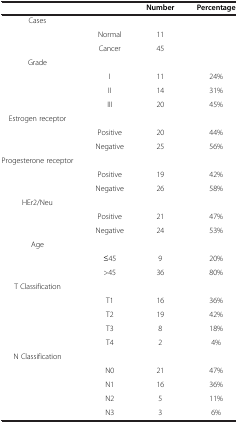
<table><thead><tr><td><b> </b></td><td><b> </b></td><td><b>Number</b></td><td><b>Percentage</b></td></tr></thead><tbody><tr><td>Cases</td><td> </td><td> </td><td> </td></tr><tr><td> </td><td>Normal</td><td>11</td><td> </td></tr><tr><td> </td><td>Cancer</td><td>45</td><td> </td></tr><tr><td>Grade</td><td> </td><td> </td><td> </td></tr><tr><td> </td><td>I</td><td>11</td><td>24%</td></tr><tr><td> </td><td>II</td><td>14</td><td>31%</td></tr><tr><td> </td><td>III</td><td>20</td><td>45%</td></tr><tr><td>Estrogen receptor</td><td> </td><td> </td><td> </td></tr><tr><td> </td><td>Positive</td><td>20</td><td>44%</td></tr><tr><td> </td><td>Negative</td><td>25</td><td>56%</td></tr><tr><td>Progesterone receptor</td><td> </td><td> </td><td> </td></tr><tr><td> </td><td>Positive</td><td>19</td><td>42%</td></tr><tr><td> </td><td>Negative</td><td>26</td><td>58%</td></tr><tr><td>HEr2/Neu</td><td> </td><td> </td><td> </td></tr><tr><td> </td><td>Positive</td><td>21</td><td>47%</td></tr><tr><td> </td><td>Negative</td><td>24</td><td>53%</td></tr><tr><td>Age</td><td> </td><td> </td><td> </td></tr><tr><td> </td><td>≤45</td><td>9</td><td>20%</td></tr><tr><td> </td><td>&gt;45</td><td>36</td><td>80%</td></tr><tr><td>T Classification</td><td> </td><td> </td><td> </td></tr><tr><td> </td><td>T1</td><td>16</td><td>36%</td></tr><tr><td> </td><td>T2</td><td>19</td><td>42%</td></tr><tr><td> </td><td>T3</td><td>8</td><td>18%</td></tr><tr><td> </td><td>T4</td><td>2</td><td>4%</td></tr><tr><td>N Classification</td><td> </td><td> </td><td> </td></tr><tr><td> </td><td>N0</td><td>21</td><td>47%</td></tr><tr><td> </td><td>N1</td><td>16</td><td>36%</td></tr><tr><td> </td><td>N2</td><td>5</td><td>11%</td></tr><tr><td> </td><td>N3</td><td>3</td><td>6%</td></tr></tbody></table>